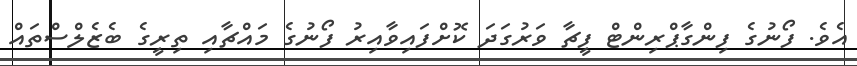
އެވެ. ފޯނުގެ ފިންގާޕްރިންޓް ފީޗާ ވަރުގަދަ ކޮށްފައިވާއިރު ފޯނުގެ މައްޗާއި ތިރީގެ ބެޒެލްސްތައް